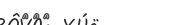
١٠٢